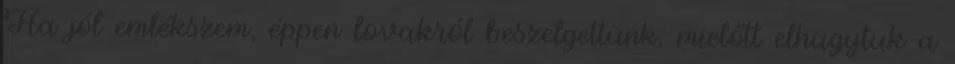
Ha jól emlékszem, éppen lovakról beszélgettünk, mielőtt elhagytuk a